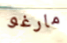
مارغو